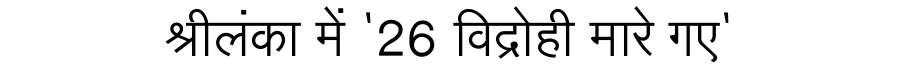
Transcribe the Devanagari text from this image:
श्रीलंका में '26 विद्रोही मारे गए'